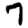
Digit: 7